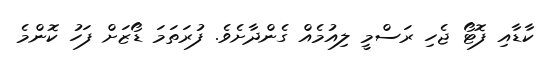
ކާޑާއި ފޮޓޯ ޖެހި ރަސްމީ ލިއުމެއް ގެންދާށެވެ. ފުރަތަމަ ޑޯޒަށް ފަހު ކޮންމެ